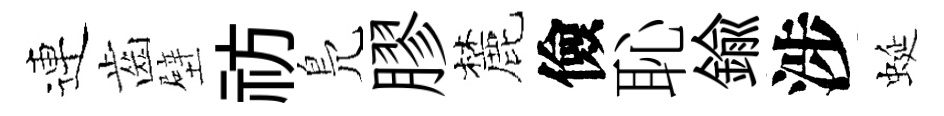
連齒壁祊鳬膠麓儉恥鍮涉蜒